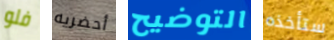
فلو أحضريه التوضيح ستأخذه